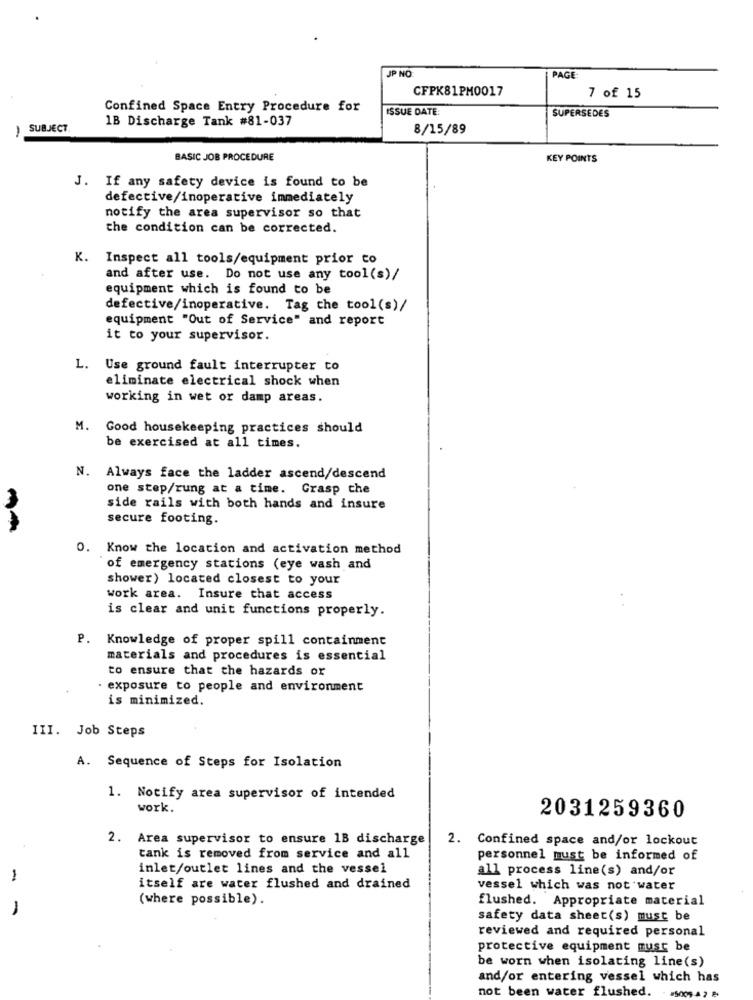
JP NO
PAGE
CFPK81PM0017
7 of 15
Confined Space Entry Procedure for
ISSUE DATE:
1B Discharge Tank #81-037
SUPERSEDES
-
SUBJECT
8/15/89
BASIC JOB PROCEDURE
KEY POINTS
J. If any safety device is found to be
defective/inoperative immediately
notify the area supervisor so that
the condition can be corrected.
K. Inspect all tools/equipment prior to
and after use. Do not use any tool(s)/
equipment which is found to be
defective/inoperative. Tag the tool(s)/
equipment "Out of Service" and report
it to your supervisor.
L. Use ground fault interrupter to
eliminate electrical shock when
working in wet or damp areas.
M. Good housekeeping practices should
be exercised at all times.
N. Always face the ladder ascend/descend
one step/rung at a time. Grasp che
side rails with both hands and insure
secure footing.
0. Know the location and activation method
of emergency stations (eye wash and
shower) located closest to your
work area. Insure that access
is clear and unit functions properly.
P. Knowledge of proper spill containment
materials and procedures is essential
to ensure that the hazards or
· exposure to people and environment
is minimized.
III. Job Steps
A. Sequence of Steps for Isolation
1. Notify area supervisor of intended
work.
2031259360
2. Area supervisor to ensure 1B discharge
2. Confined space and/or lockout
tank is removed from service and all
personnel must be informed of
inlet/outlet lines and the vessel
all process line(s) and/or
-
itself are water flushed and drained
vessel which was not water
(where possible).
flushed. Appropriate material
1
safety data sheet(s) must be
reviewed and required personal
protective equipment must be
be worn when isolating line(s)
and/or entering vessel which has
not been water flushed.